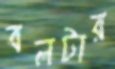
বলটার